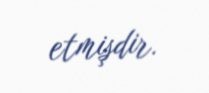
etmişdir.